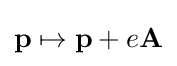
\mathbf {p} \mapsto \mathbf {p} +e\mathbf {A}